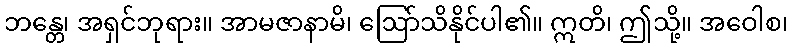
ဘန္တေ၊ အရှင်ဘုရား။ အာမဇာနာမိ၊ ဩော်သိနိုင်ပါ၏။ ဣတိ၊ ဤသို့။ အဝေါစ၊